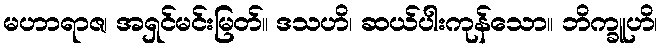
မဟာရာဇ၊ အရှင်မင်းမြတ်။ ဒသဟိ၊ ဆယ်ပါးကုန်သော။ ဘိက္ခူဟိ၊